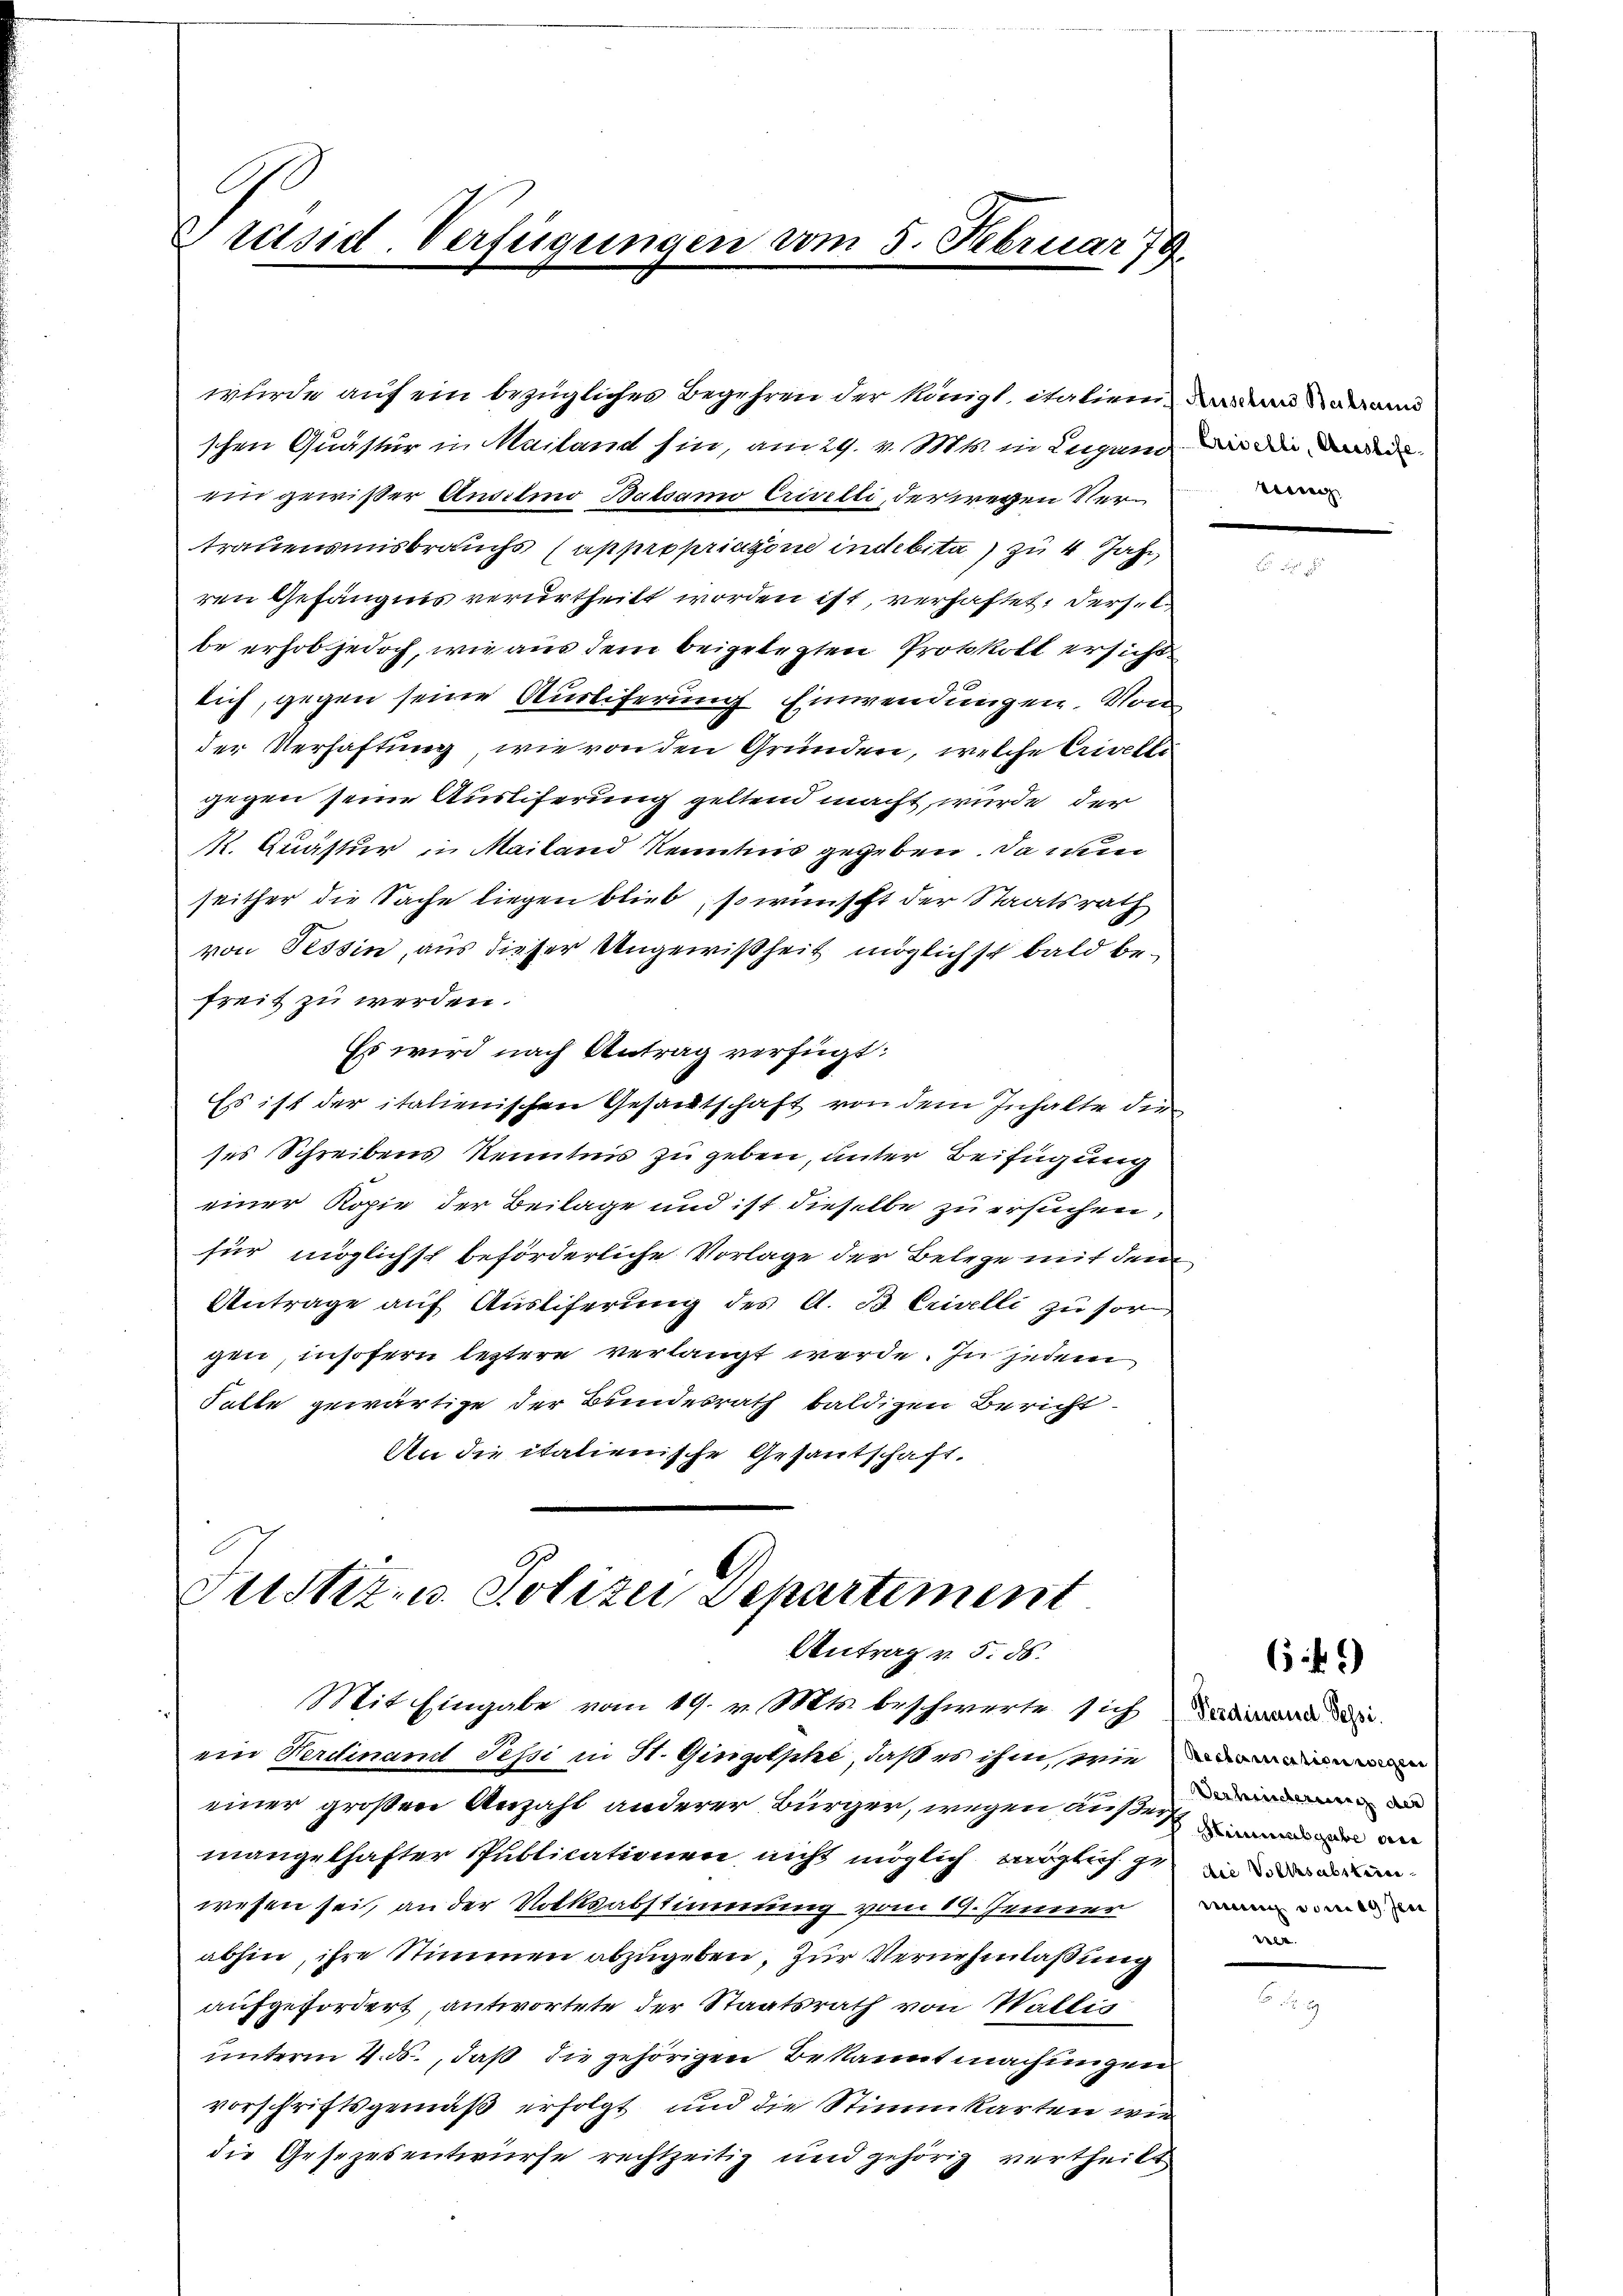
Präsid. Verfügungen vom 5. Februar 79

wurde auf ein bezügliches Begehren der Königl. italien daran Sarann
schen Quästur in Mailand sin, am 29. v. Mts. in Lugano der die
ein gewißer Ansilio Balsamo Crivelli, der wegen Vertrauensmisbrauchs (appropriazone indebita) zu 4 Jahr
ren Gefängnis verurtheilt worden ist, verhaftet. Dersel
be erhob jedoch, wie aus dem beigelegten Protokoll ersicht
lich, gegen seine Ausliferung Einwendungen. Von
der Verhaftung, wie von den Gründen, welche Crivelli
gegen seine Auslieferung geltend macht, wurde der
K. Quästur in Mailand Kenntnis gegeben. Da nun
seither die Sache liegen blieb, so wünscht der Staatsrath
von Tessin, aus dieser Angewißheit möglichst bald befreit zu werden.
Es wird nach Antrag verfügt:
Es ist der italienischen Gesandtschaft von dem Inhalte die
ses Schreibens Kenntnis zu geben, unter Beifügung
einer Kopie der Beilage und ist dieselbe zu ersuchen,
für möglichst beförderliche Vorlage der Belege mit dem
Antrage auf Ausliferung des A. B. Crivelli zu sorgen, insofern leztere verlangt werde. In jedem
Falte gewärtige der Bundesrath baldigen Bericht
An die italienische Gesantschaft.

Justiz u. Polizei Departement
Antrag v. 5. ds.

Mit Eingabe vom 19. v. Mts. beschwerte sich da die d
ein Ferdinand Tessi in St. Gingische, daß es ihm wie
einer großen Anzahl anderer Bürger, wegen ausseren
mangelhafter Publicationen, nicht möglich möglich jeden
wesen sei, an der Volksabstimmung vom 19. Jenner
abhin, ihre Stimmen abzugeben. Zur Vernehmlaßung
aufgefordert, antwortete der Staatsrath von Wallis
unterm 4. ds., daß die gehörigen Bekannt machungen
vorschriftsgemäß erfolgt und die Stimmkarten wie
die Gesezesentwurfe rechtzeitig und gehörig vertheilt

ving

649

Verhinderung der
mung vom 19. Jen
eele